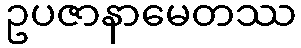
ဥပဇာနာမေတဿ